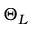
\Theta _ { L }